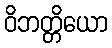
ဝိဘတ္တိယော